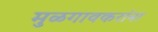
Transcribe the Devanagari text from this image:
मुळगावकरांना